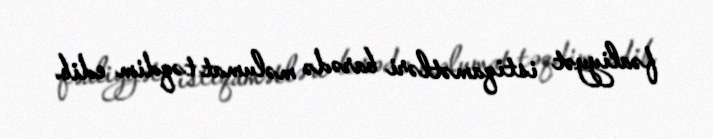
fəaliyyət istiqamətləri barədə məlumat təqdim edib.